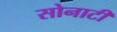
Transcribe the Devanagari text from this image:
सोनाटी